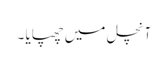
آنچل میں چھپایا ۔